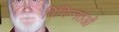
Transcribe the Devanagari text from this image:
विभिन्नतओं